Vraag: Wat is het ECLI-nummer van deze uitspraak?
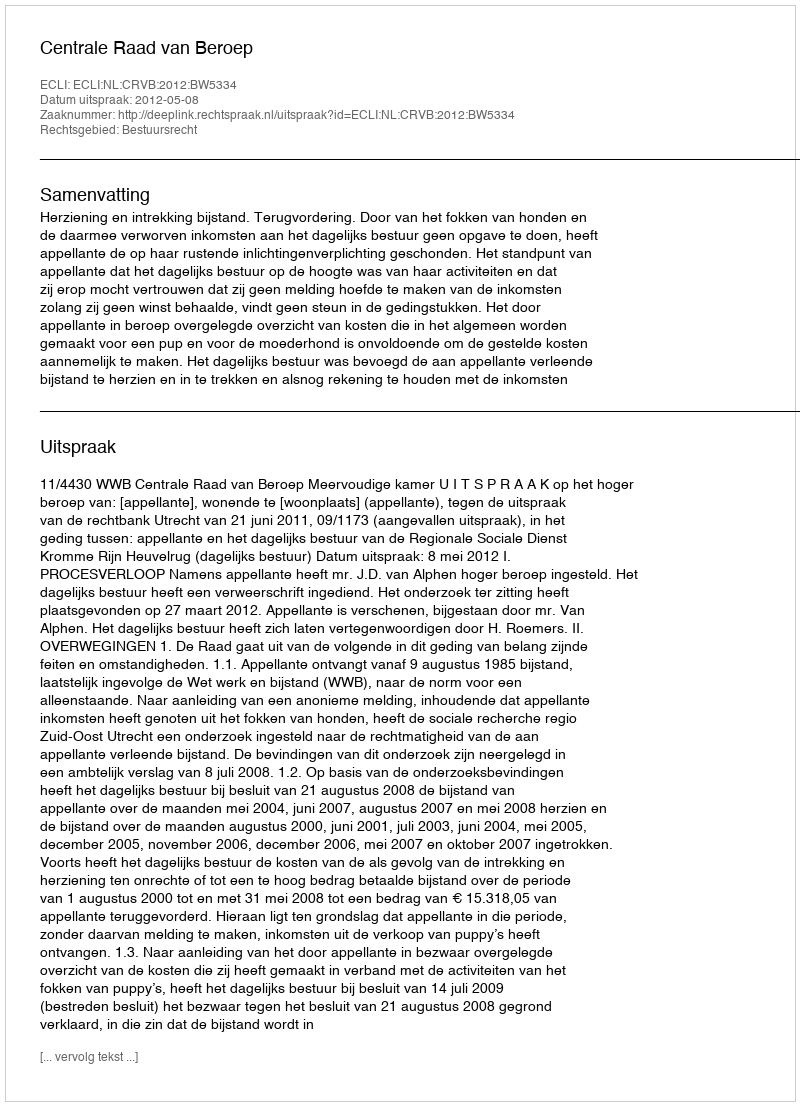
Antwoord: ECLI:NL:CRVB:2012:BW5334